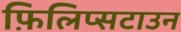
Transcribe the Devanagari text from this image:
फ़िलिप्सटाउन